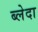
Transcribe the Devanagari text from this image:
ब्लेदा